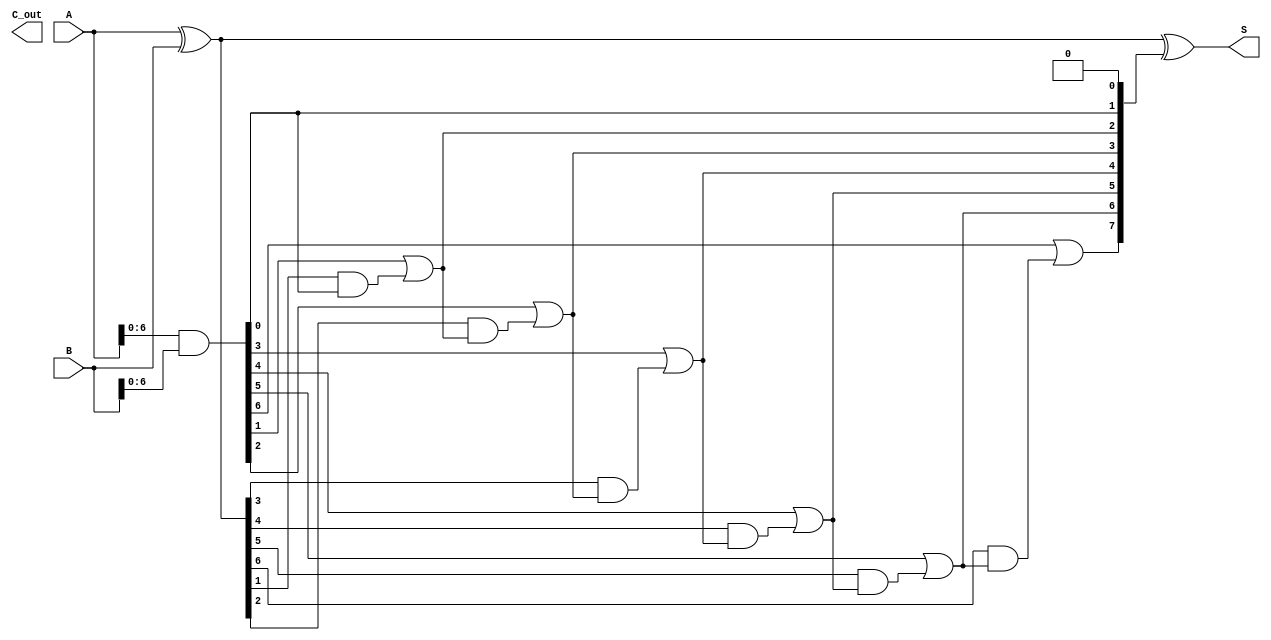
module KoggeStoneAdder #(parameter n = 8) (
    input  [n-1:0] A,
    input  [n-1:0] B,
    output [n-1:0] S,
    output         C_out
);

    // Generate and Propagate signals
    wire [n-1:0] G; // Generate
    wire [n-1:0] P; // Propagate
    wire [n:0] C;   // Carry

    // Generate and Propagate calculations
    assign G = A & B;
    assign P = A ^ B;

    // Initial carry
    assign C[0] = 1'b0; // Initial carry is 0

    // Kogge-Stone Prefix Network
    genvar i, j;
    generate
        // Level 1
        for (i = 0; i < n-1; i = i + 1) begin : level1
            assign C[i+1] = G[i] | (P[i] & C[i]);
        end
    endgenerate

    // Sum calculation
    assign S = P ^ C[n-1:0];

    // Final carry out
    assign C_out = C[n];

endmodule